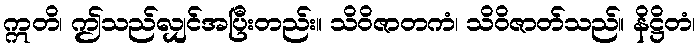
ဣတိ၊ ဤသည်လျှင်အပြီးတည်း။ သိဝိဇာတကံ၊ သိဝိဇာတ်သည်။ နိဋ္ဌိတံ၊